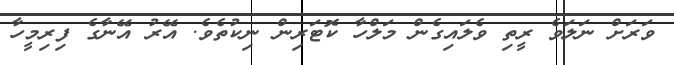
ވަރަށް ނަލަވެ ރީތި ވެލައިގެން މަލްހާ ކޮޓަރިން ނިކުތެވެ. އޭރު އޭނާގެ ފިރިމީހާ